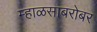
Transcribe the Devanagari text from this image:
म्हाळसाबरोबर